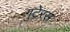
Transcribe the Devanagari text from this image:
गुटेरस